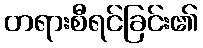
တရားစီရင်ခြင်း၏